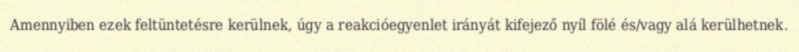
Amennyiben ezek feltüntetésre kerülnek, úgy a reakcióegyenlet irányát kifejező nyíl fölé és/vagy alá kerülhetnek.